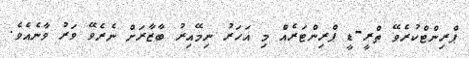
ޕްރިންޓްކުރެވޭ ތްރީ-ޑީ ޕްރިންޓަރެއް މި އަހަރު ނިމޭއިރު ބާޒާރަށް ނެރެވޭ ވަރު ވާނެއެވެ.